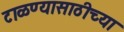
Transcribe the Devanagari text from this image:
टाळण्यासाठीच्या